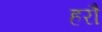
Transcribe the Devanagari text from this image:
हरौ